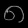
Digit: ၈